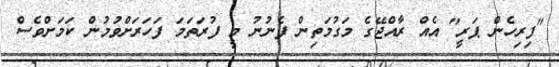
"ފިރިހެން ޕަރީ" އެއް ރާއްޖޭގެ މަގުމަތިން ފެނުނު މީ ފުރަތަމަ ފަހަރަށްވުމުން ކަމަށްވެސް